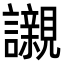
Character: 𧭼